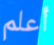
أعلم